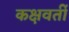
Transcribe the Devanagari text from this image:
कक्षवर्ती